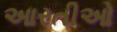
આરતીઓ